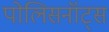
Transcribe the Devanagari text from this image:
पोलिसनॉट्स